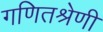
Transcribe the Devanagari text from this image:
गणितश्रेणी